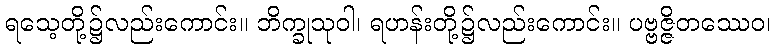
ရသေ့တို့၌လည်းကောင်း။ ဘိက္ခုသုဝါ၊ ရဟန်းတို့၌လည်းကောင်း။ ပဗ္ဗဇ္ဇိတဿေဝ၊